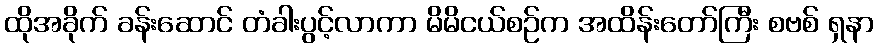
ထိုအခိုက် ခန်းဆောင် တံခါးပွင့်လာကာ မိမိငယ်စဉ်က အထိန်းတော်ကြီး စဗစ် ရှနာ